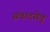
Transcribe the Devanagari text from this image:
संवादसेतू